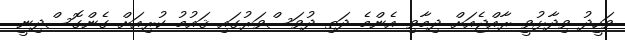
ވަހީދު ވިދާޅުވީ ރާއްޖެއަށް ދިމާވި އެންމެ ދަތި ދުވަސްވަރުގައި ޤައުމު ކުރިއަށް ގެންގޮސްދިނީ